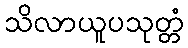
သိလာယူပသုတ္တံ